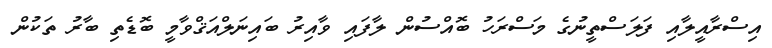
އިސްރާއީލާއި ފަލަސްތީނުގެ މަސްރަހު ބޮއްސުން ލާފައި ވާއިރު ބައިނަލްއަޤްވާމީ ބޮޑެތި ބާރު ތަކުން